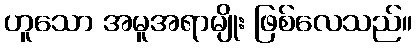
ဟူသော အမူအရာမျိုး ဖြစ်လေသည်။